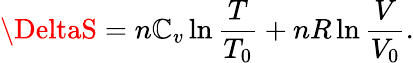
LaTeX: \DeltaS=n\mathbb{C}_{v}\ln{\frac{{T}}{{T_{0}}}}+nR\ln{\frac{{V}}{{V_{0}}}}.